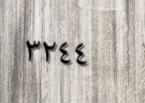
٣٢٤٤